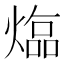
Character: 𤍸